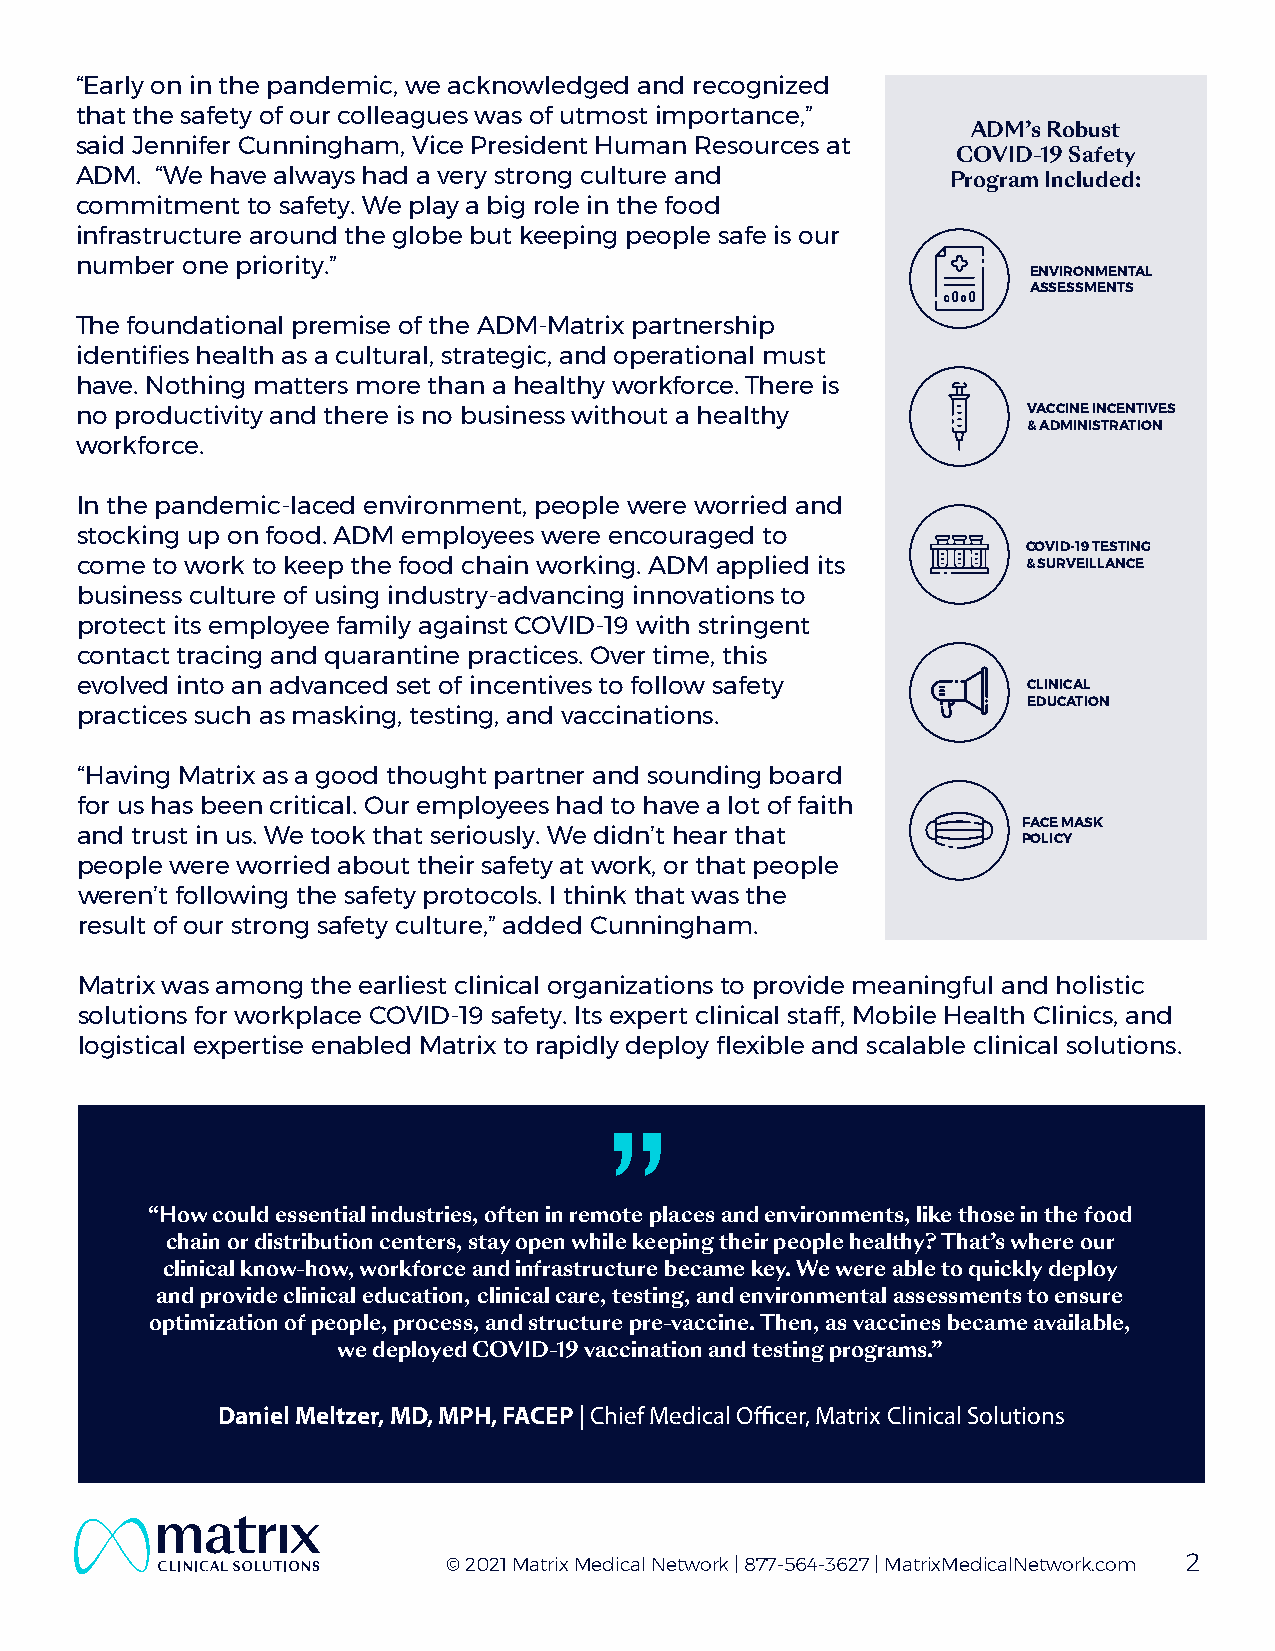
“Early on in the pandemic, we acknowledged and recognized
 that the safety of our colleagues was of utmost importance,”
 ADM’s Robust
 said Jennifer Cunningham, Vice President Human Resources at
 COVID-19 Safety
 ADM. “We have always had a very strong culture and
 Program Included:
 commitment to safety. We play a big role in the food
 infrastructure around the globe but keeping people safe is our
 number one priority.”
 ENVIRONMENTAL
 ASSESSMENTS
 The foundational premise of the ADM-Matrix partnership
 identifies health as a cultural, strategic, and operational must
 have. Nothing matters more than a healthy workforce. There is
 no productivity and there is no business without a healthy     VACCINE INCENTIVES
 & ADMINISTRATION
 workforce.
 In the pandemic-laced environment, people were worried and
 stocking up on food. ADM employees were encouraged to
 COVID-19 TESTING
 come to work to keep the food chain working. ADM applied its   & SURVEILLANCE
 business culture of using industry-advancing innovations to
 protect its employee family against COVID-19 with stringent
 contact tracing and quarantine practices. Over time, this
 evolved into an advanced set of incentives to follow safety    CLINICAL
 EDUCATION
 practices such as masking, testing, and vaccinations.
 “Having Matrix as a good thought partner and sounding board
 for us has been critical. Our employees had to have a lot of faith
 FACE MASK
 and trust in us. We took that seriously. We didn’t hear that
 POLICY
 people were worried about their safety at work, or that people
 weren’t following the safety protocols. I think that was the
 result of our strong safety culture,” added Cunningham.
 Matrix was among the earliest clinical organizations to provide meaningful and holistic
 solutions for workplace COVID-19 safety. Its expert clinical staff, Mobile Health Clinics, and
 logistical expertise enabled Matrix to rapidly deploy flexible and scalable clinical solutions.
 “How could essential industries, often in remote places and environments, like those in the food
 chain or distribution centers, stay open while keeping their people healthy? That’s where our
 clinical know-how, workforce and infrastructure became key. We were able to quickly deploy
 and provide clinical education, clinical care, testing, and environmental assessments to ensure
 optimization of people, process, and structure pre-vaccine. Then, as vaccines became available,
 we deployed COVID-19 vaccination and testing programs.”
 Daniel Meltzer, MD, MPH, FACEP | Chief Medical Officer, Matrix Clinical Solutions
 © 2021 Matrix Medical Network | 877-564-3627 | MatrixMedicalNetwork.com 2